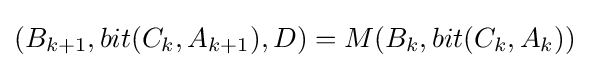
(B_{k+1},bit(C_{k},A_{k+1}),D)=M(B_{k},bit(C_{k},A_{k}))